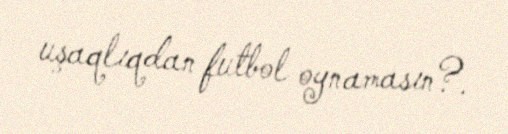
uşaqlıqdan futbol oynamasın?.